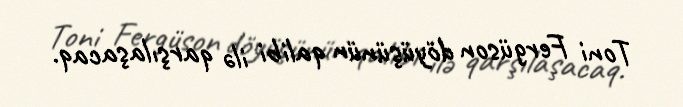
Toni Fergüson döyüşünün qalibi ilə qarşılaşacaq.